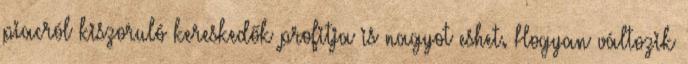
piacról kiszoruló kereskedők profitja is nagyot eshet. Hogyan változik